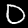
Digit: 0